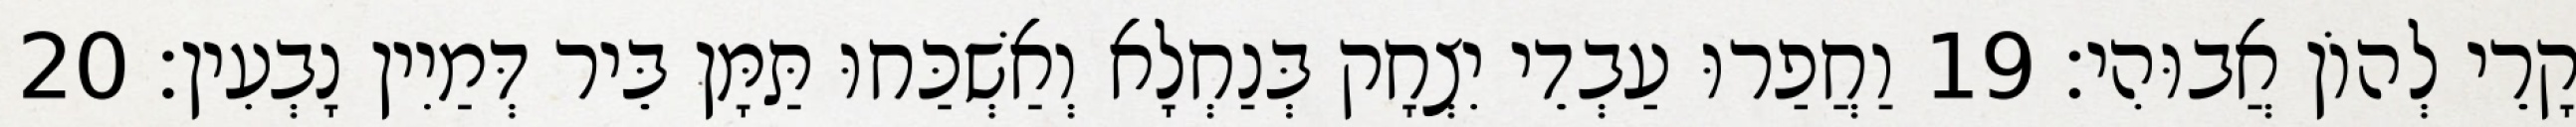
קָרֵי לְהוֹן אֲבוּהִי׃ 19 וַחֲפַרוּ עַבְדֵי יִצְחָק בְּנַחְלָא וְאַשְׁכַּחוּ תַּמָּן בֵּיר דְּמַיִין נָבְעִין׃ 20